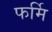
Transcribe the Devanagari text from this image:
फर्मि